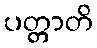
ပတ္တာတိ